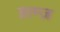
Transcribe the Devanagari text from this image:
ग्राम्ज़